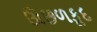
ઊછળકૂદ